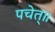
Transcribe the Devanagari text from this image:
पचेत्॥